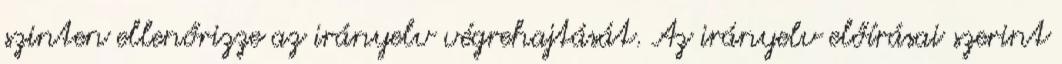
szinten ellenőrizze az irányelv végrehajtását. Az irányelv előírásai szerint